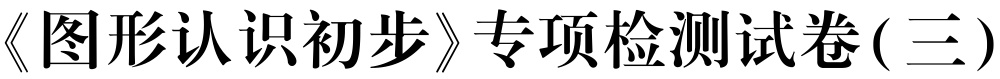
《图形认识初步》专项检测试卷(三)